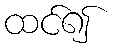
ထင်၍